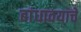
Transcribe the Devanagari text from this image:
बांधावयाचे